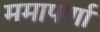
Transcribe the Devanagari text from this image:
ममापर्णा